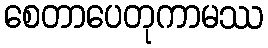
စေတာပေတုကာမဿ